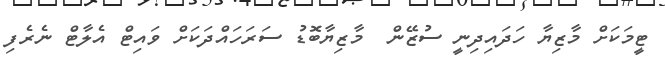
ޓީމަކަށް މާޒިޔާ ހަދައިދިނީ ސުޒޭން  މާޒިޔާބޮޑު ސަރަހައްދަކަށް ވައިޓް އެލާޓް ނެރެފި